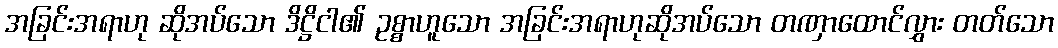
အခြင်းအရာဟု ဆိုအပ်သော ဒိဋ္ဌိငါ၏ ဥစ္စာဟူသော အခြင်းအရာဟုဆိုအပ်သော တဏှာထောင်လွှား တတ်သော